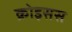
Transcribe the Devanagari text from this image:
क्रोइसस